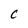
Character: c